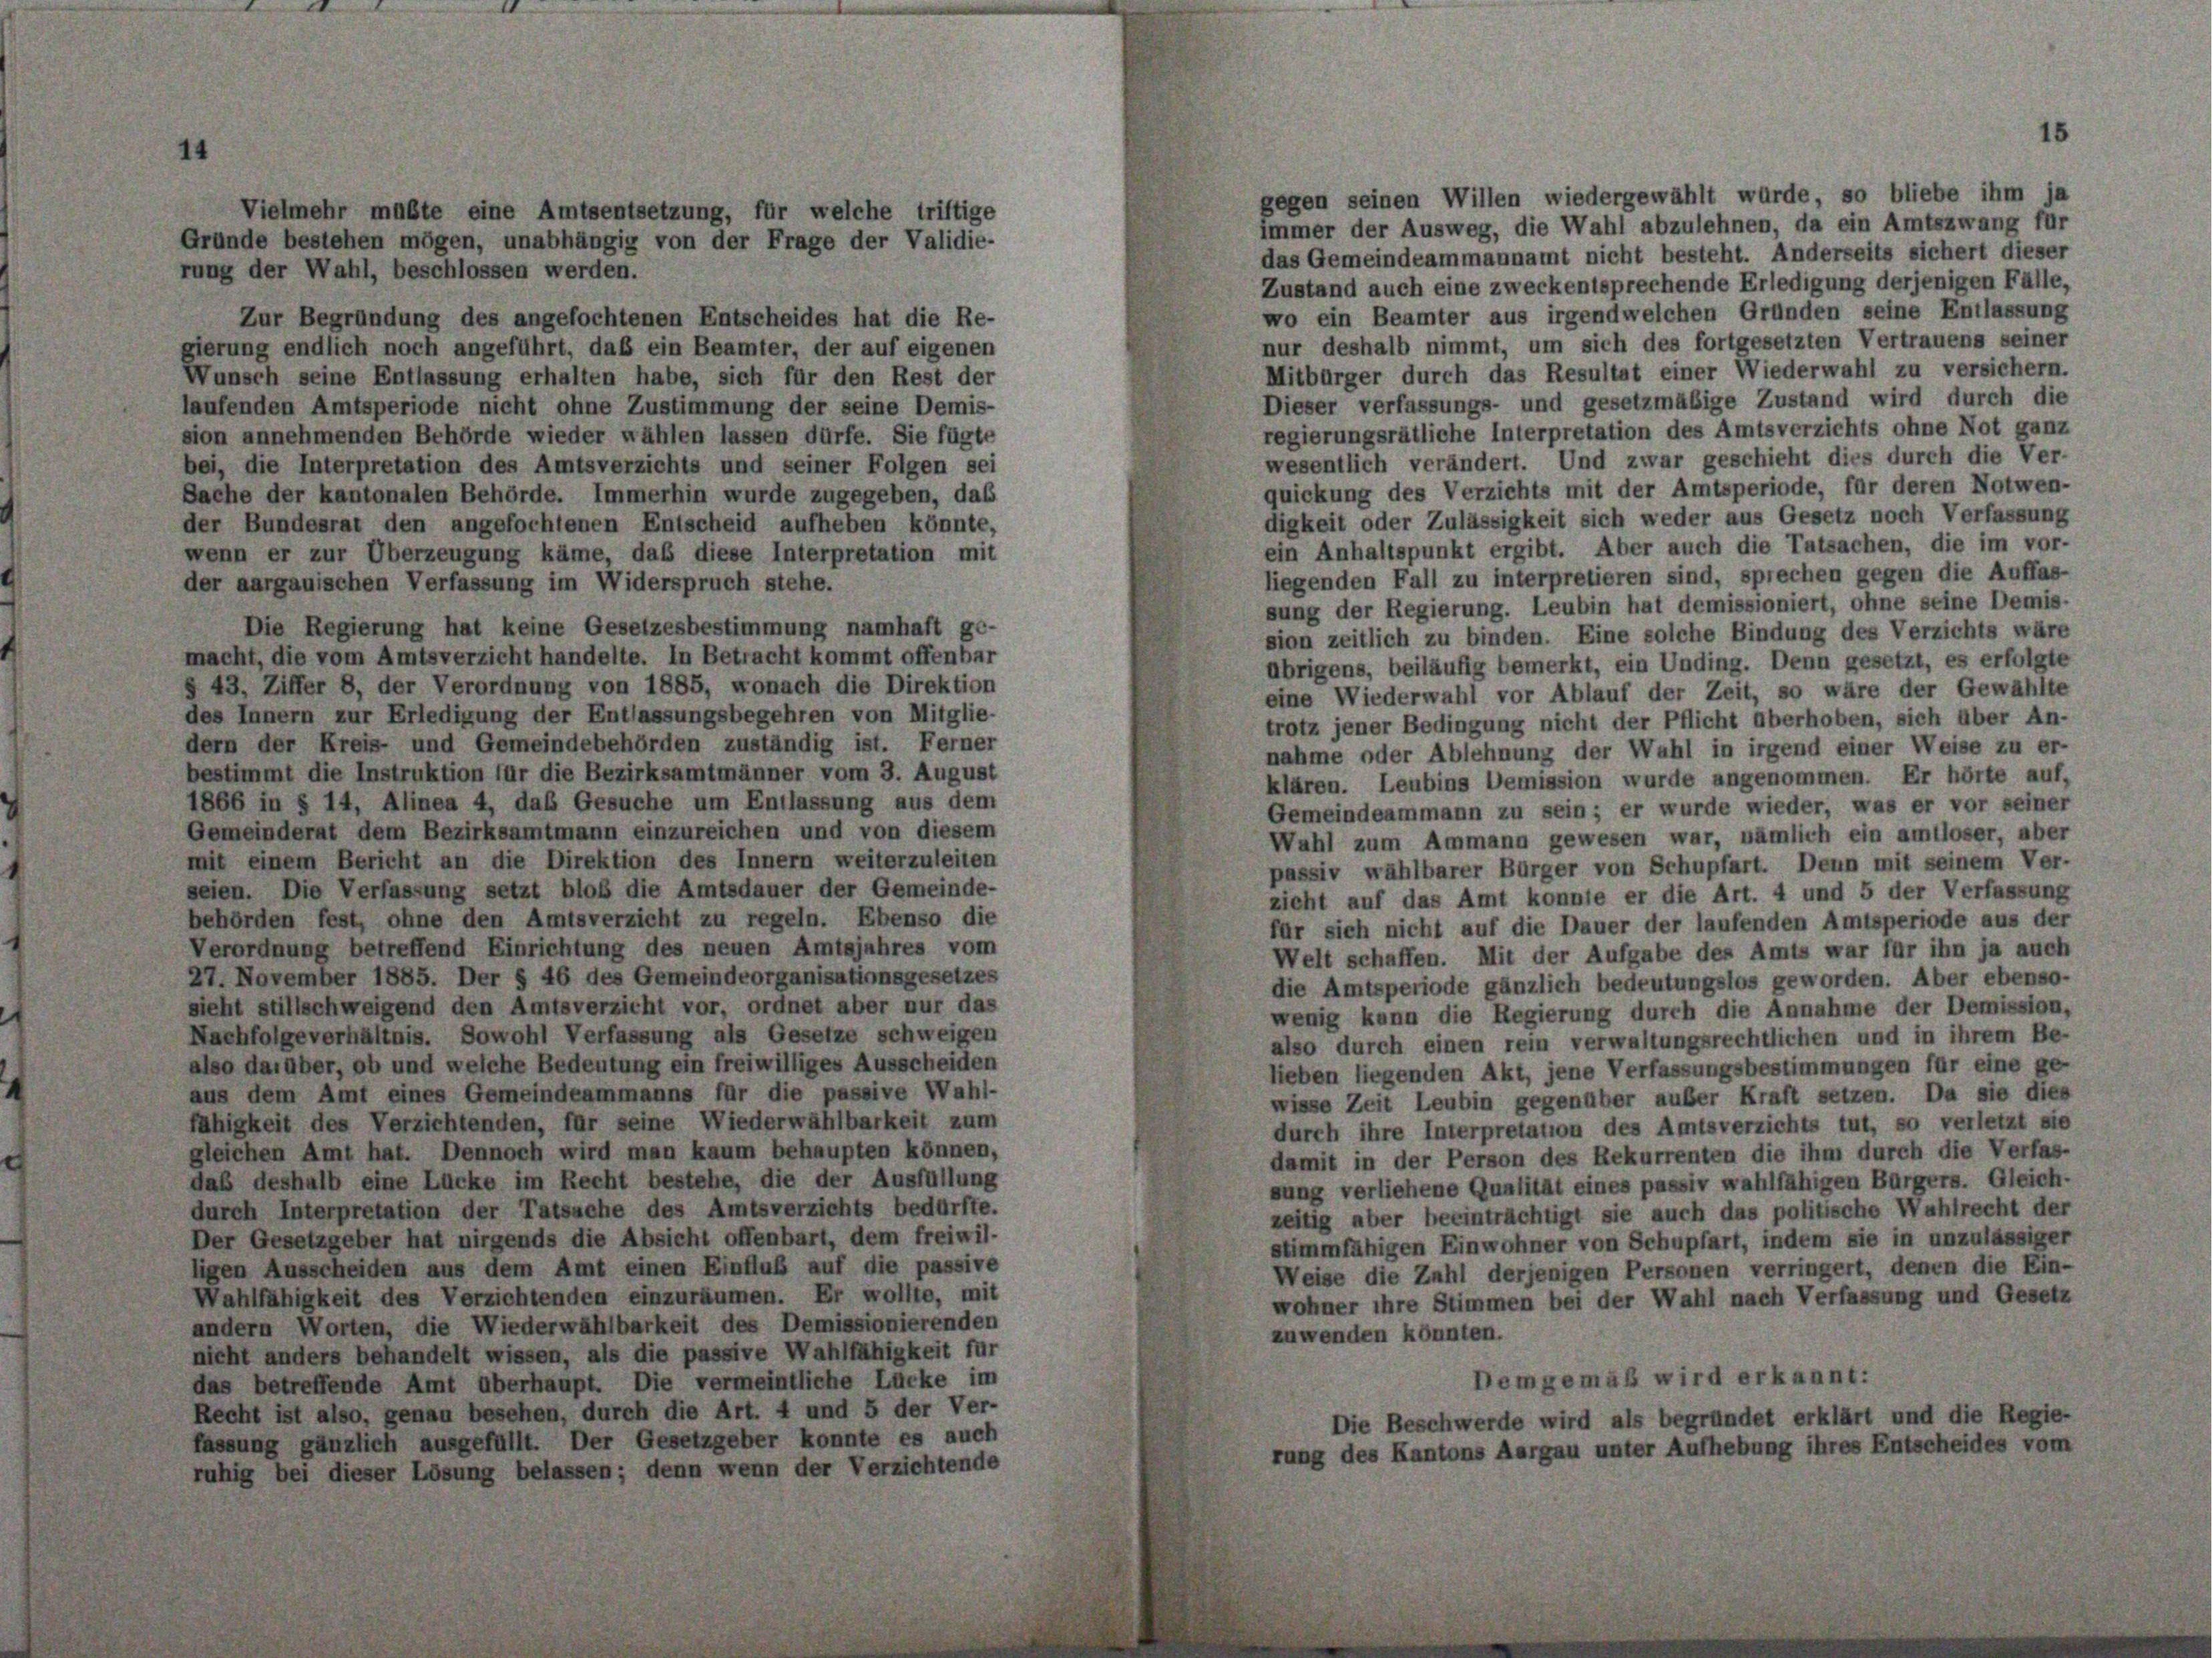
gegen seinen Willen wiedergewählt würde, so bliebe ihm ja
Vielmehr müßte eine Amtsentsetzung, für welche triftige
immer der Ausweg, die Wahl abzulehnen, da ein Amtszwang für
Gründe bestehen mögen, unabhängig von der Frage der Validie-
das Gemeindeammannamt nicht besteht. Anderseits sichert dieser
rung der Wahl, beschlossen werden.
Zustand auch eine zweckentsprechende Erledigung derjenigen Fälle,
wo ein Beamter aus irgendwelchen Gründen seine Entlassung
Zur Begründung des angefochtenen Entscheides hat die Re-
nur deshalb nimmt, um sich des fortgesetzten Vertrauens seiner
gierung endlich noch angeführt, daß ein Beamter, der auf eigenen
Mitbürger durch das Resultat einer Wiederwahl zu versichern.
Wunsch seine Entlassung erhalten habe, sich für den Rest der
Dieser verfassungs- und gesetzmäßige Zustand wird durch die
laufenden Amtsperiode nicht ohne Zustimmung der seine Demis-
regierungsrätliche Interpretation des Amtsverzichts ohne Not ganz
sion annehmenden Behörde wieder wählen lassen dürfe. Sie fügte
wesentlich verändert. Und zwar geschieht dies durch die Ver-
bei, die Interpretation des Amtsverzichts und seiner Folgen sei
quickung des Verzichts mit der Amtsperiode, für deren Notwen-
Sache der kantonalen Behörde. Immerhin wurde zugegeben, das
digkeit oder Zulässigkeit sich weder aus Gesetz noch Verfassung
der Bundesrat den angefochtenen Entscheid aufheben könnte,
ein Anhaltspunkt ergibt. Aber auch die Tatsachen, die im vor-
wenn er zur Überzeugung käme, daß diese Interpretation mit
liegenden Fall zu interpretieren sind, sprechen gegen die Auffas-
der aargauischen Verfassung im Widerspruch stehe.
sung der Regierung. Leubin hat demissioniert, ohne seine Demis-
Die Regierung hat keine Gesetzesbestimmung namhaft ge-
sion zeitlich zu binden. Eine solche Bindung des Verzichts wäre
macht, die vom Amtsverzicht handelte. In Betracht kommt offenbar
übrigens, beiläufig bemerkt, ein Unding. Denn gesetzt, es erfolgte
§ 43, Ziffer 8, der Verordnung von 1885, wonach die Direktion
eine Wiederwahl vor Ablauf der Zeit, so wäre der Gewählte
des Innern zur Erledigung der Entlassungsbegehren von Mitglie-
trotz jener Bedingung nicht der Pflicht überhoben, sich aber An-
dern der Kreis- und Gemeindebehörden zuständig ist. Ferner
nahme oder Ablehnung der Wahl in irgend einer Weise zu er-
bestimmt die Instruktion für die Bezirksamtmänner vom 3. August
klären. Leubins Demission wurde angenommen. Er hörte auf,
1866 in § 14, Alinea 4, das Gesuche um Entlassung aus dem
Gemeindeammann zu sein; er wurde wieder, was er vor seiner
Gemeinderat dem Bezirksamtmann einzureichen und von diesem
Wahl zum Ammann gewesen war, nämlich ein amtloser, aber
mit einem Bericht an die Direktion des Innern weiterzuleiten
passiv wählbarer Bürger von Schupfart. Denn mit seinem Ver-
seien. Die Verfassung setzt bloß die Amtsdauer der Gemeinde-
zieht auf das Amt konnie er die Art. 4 und 5 der Verfassung
behörden fest, ohne den Amtsverzicht zu regeln. Ebenso die
für sich nicht auf die Dauer der laufenden Amtsperiode aus der
Verordnung betreffend Einrichtung des neuen Amtsjahres vom
Welt schaffen. Mit der Aufgabe des Amts war für ihn ja auch
27. November 1885. Der § 46 des Gemeindeorganisationsgesetzes
die Amtsperiode gänzlich bedeutungslos geworden. Aber ebenso-
sieht stillschweigend den Amtsverzicht vor, ordnet aber nur das
wenig kann die Regierung durch die Annahme der Demission,
Nachfolgeverhältnis. Sowohl Verfassung als Gesetze schweigen
also durch einen rein verwaltungsrechtlichen und in ihrem Be-
also darüber, ob und welche Bedeutung ein freiwilliges Ausscheiden
lieben liegenden Akt, jene Verfassungsbestimmungen für eine ge-
aus dem Amt eines Gemeindeammanns für die passive Wahl-
wisse Zeit Leubin gegenüber außer Kraft setzen. Da sie dies
fähigkeit des Verzichtenden, für seine Wiederwählbarkeit zum
durch ihre Interpretation des Amtsverzichts tut, so verletzt sie
gleichen Amt hat. Dennoch wird man kaum behaupten können,
damit in der Person des Rekurrenten die ihm durch die Verfas-
daß deshalb eine Lücke im Recht bestehe, die der Ausfüllung
sung verliehene Qualität eines passiv wahlfähigen Bürgers. Gleich-
durch Interpretation der Tatsache des Amtsverzichts bedürfte.
zeitig über beeinträchtigt sie auch das politische Wahlrecht der
Der Gesetzgeber hat nirgends die Absicht offenbart, dem freiwil-
stimmfähigen Einwohner von Schupfart, indem sie in unzulässiger
ligen Ausscheiden aus dem Amt einen Einfluß auf die passive
Weise die Zahl derjenigen Personen verringert, denen die Ein-
Wahlfähigkeit des Verzichtenden einzuräumen. Er wollte, mit
wohner ihre Stimmen bei der Wahl nach Verfassung und Gesetz
andern Worten, die Wiederwählbarkeit des Demissionierenden
zuwenden könnten.
nicht anders behandelt wissen, als die passive Wahlfähigkeit für
Demgemäß wird erkannt:
das betreffende Amt überhaupt. Die vermeintliche Lücke im
Recht ist also, genau besehen, durch die Art. 4 und 5 der Ver-
Die Beschwerde wird als begründet erklärt und die Regie-
fassung gänzlich ausgefüllt. Der Gesetzgeber konnte es auch
rung des Kantons Aargau unter Aufhebung ihres Entscheides vom
ruhig bei dieser Lösung belassen; denn wenn der Verzichtende